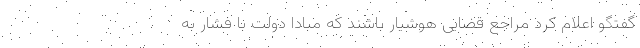
گفتگو اعلام کرد مراجع قضایی هوشیار باشند که مبادا دولت با فشار به